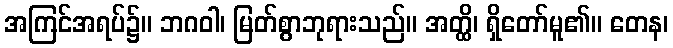
အကြင်အရပ်၌။ ဘဂဝါ၊ မြတ်စွာဘုရားသည်။ အတ္ထိ၊ ရှိတော်မူ၏။ တေန၊